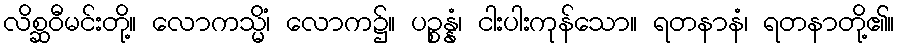
လိစ္ဆဝီမင်းတို့။ လောကသ္မိံ၊ လောက၌။ ပဉ္စန္နံ၊ ငါးပါးကုန်သော။ ရတနာနံ၊ ရတနာတို့၏။